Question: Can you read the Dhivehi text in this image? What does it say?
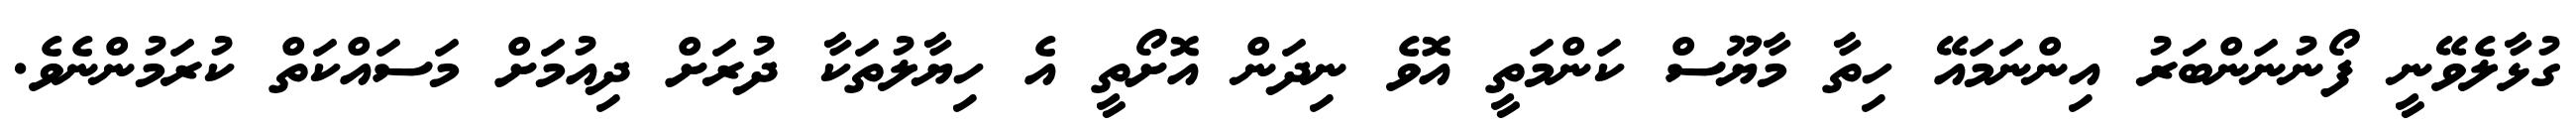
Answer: ގުޅާލެވޭނީ ފޯނުނަންބަރު އިންނަމައޭ ހިތާ މާޔޫސް ކަންމަތީ އޮވެ ނިދަން އޮށޯތީ އެ ހިޔާލުތަކާ ދުރަށް ދިއުމަށް މަސައްކަތް ކުރަމުންނެވެ.